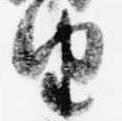
由